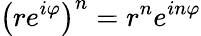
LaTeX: \left(re^{i\varphi}\right)^{n}=r^{n}e^{in\varphi}